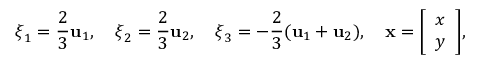
{ \boldsymbol { \xi } } _ { 1 } = { \frac { 2 } { 3 } } \mathbf { u } _ { 1 } , \quad { \boldsymbol { \xi } } _ { 2 } = { \frac { 2 } { 3 } } \mathbf { u } _ { 2 } , \quad { \boldsymbol { \xi } } _ { 3 } = - { \frac { 2 } { 3 } } ( \mathbf { u } _ { 1 } + \mathbf { u } _ { 2 } ) , \quad \mathbf { x } = { \left[ \begin{array} { l } { x } \\ { y } \end{array} \right] } ,